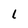
Character: 1